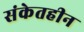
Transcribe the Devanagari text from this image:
संकेतहीन